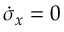
\dot { \sigma } _ { x } = 0